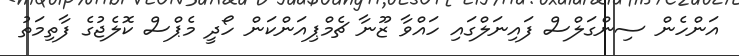
އަންހެން ސިންގަލްސް ފައިނަލްގައި ހައްވާ ޒޫނާ ޗެމްޕިއަންކަން ހޯދީ މެޕްސް ކޮލެޖުގެ ފާތިމަތު